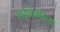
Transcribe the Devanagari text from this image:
माईथोमेनिया